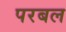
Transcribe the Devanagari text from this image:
परबल